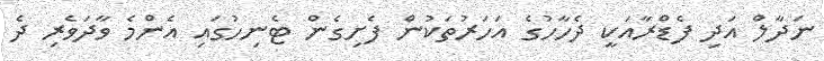
ނަދާލް އަދި ފެޑްރާއަކީ ދެހާހުގެ އަހަރުތަކުން ފެށިގެން ޓެނިހުގައި އެންމެ ވާދަވެރި ދެ